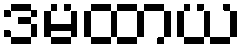
ဒမထာယ